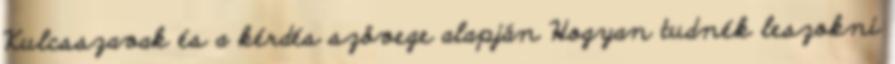
Kulcsszavak és a kérdés szövege alapján Hogyan tudnék leszokni